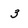
Character: 3